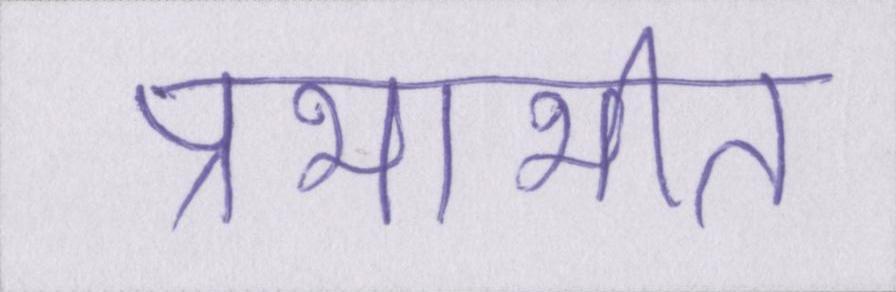
प्रभाभीत